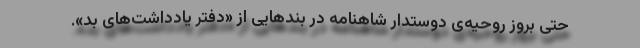
حتی بروز روحیه‌ی دوستدار شاهنامه در بندهایی از «دفتر یادداشت‌های بد».